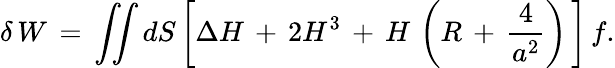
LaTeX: \delta\, W\, =\, \int\! \! \! \int dS\left[\Delta H\, +\, 2H^{3}\, +\, H\, \left(R\, +\, \frac{4}{a^{2}}\right)\, \right]\, f.